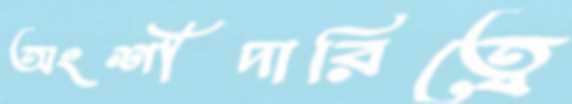
অংশীদারিত্বে